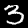
Digit: 3